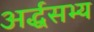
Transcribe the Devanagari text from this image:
अर्द्धसभ्य